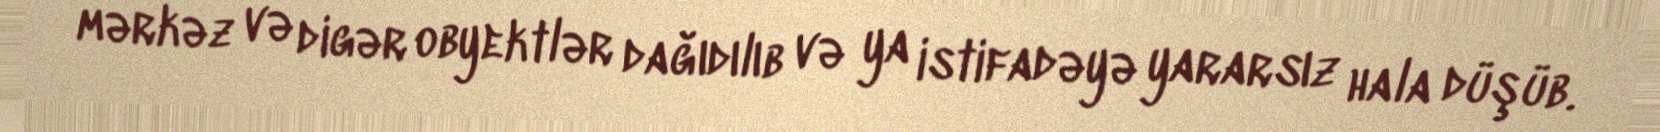
mərkəz və digər obyektlər dağıdılıb və ya istifadəyə yararsız hala düşüb.